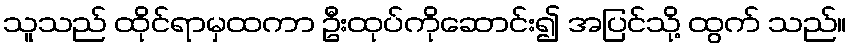
သူသည် ထိုင်ရာမှထကာ ဦးထုပ်ကိုဆောင်း၍ အပြင်သို့ ထွက် သည်။